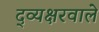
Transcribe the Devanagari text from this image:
द्व्यक्षरवाले